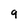
Character: 9